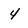
Character: 4